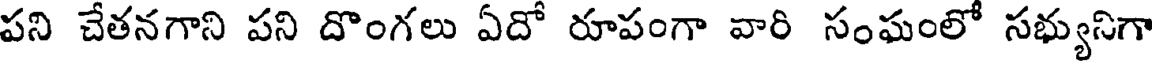
పని చేతనగాని పని దొంగలు ఏదో రూపంగా వారి సంఘంలో సభ్యునిగా